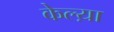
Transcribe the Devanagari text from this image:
केल्य़ा